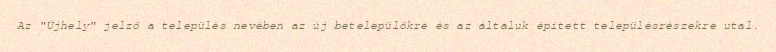
Az "Újhely" jelző a település nevében az új betelepülőkre és az általuk épített településrészekre utal.